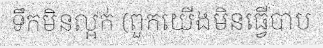
ទឹកមិនល្អក់ (ពួកយើងមិនធ្វើបាប